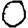
Digit: 0